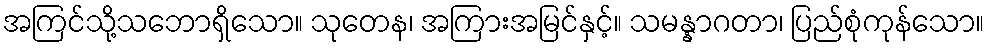
အကြင်သို့သဘောရှိသော။ သုတေန၊ အကြားအမြင်နှင့်။ သမန္နာဂတာ၊ ပြည်စုံကုန်သော။